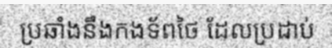
ប្រឆាំងនឹងកងទ័ពថៃ ដែលប្រដាប់